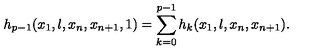
h _ { p - 1 } ( x _ { 1 } , \l , x _ { n } , x _ { n + 1 } , 1 ) = \sum _ { k = 0 } ^ { p - 1 } h _ { k } ( x _ { 1 } , \l , x _ { n } , x _ { n + 1 } ) .